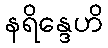
နရိန္ဒေဟိ